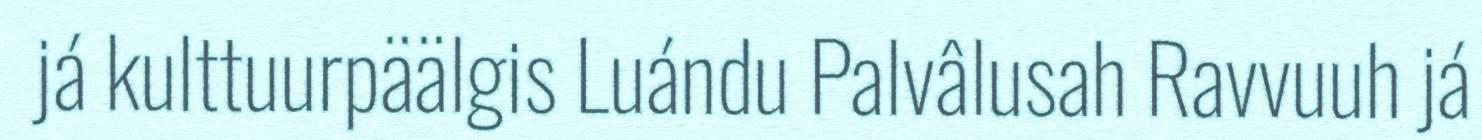
já kulttuurpäälgis Luándu Palvâlusah Ravvuuh já